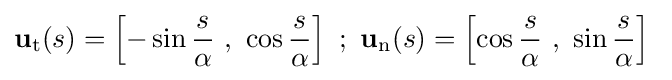
\mathbf {u} _{\mathrm {t} }(s)=\left[-\sin {\frac {s}{\alpha }}\ ,\ \cos {\frac {s}{\alpha }}\right]\ ;\ \mathbf {u} _{\mathrm {n} }(s)=\left[\cos {\frac {s}{\alpha }}\ ,\ \sin {\frac {s}{\alpha }}\right]\